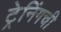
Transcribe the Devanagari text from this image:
ट्रेनिंगची